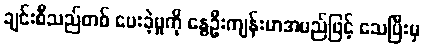
ချင်းစီသည်တစ် ပေးခဲ့မှုကို နွေဦးကျန်းမာအမည်ဖြင့် သေပြီးမှ